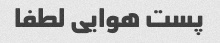
پست هوایی لطفا